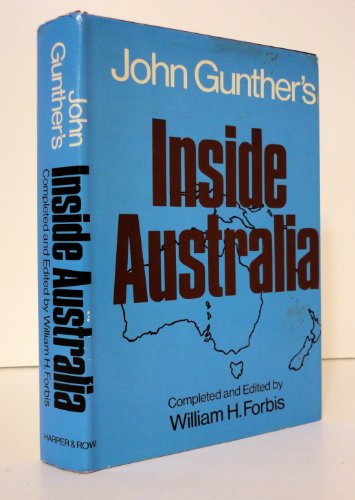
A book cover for John Gunther's Inside Australia; John Gunther; Travel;